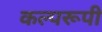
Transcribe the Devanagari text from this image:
कल्परूपी